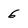
Character: 6